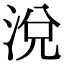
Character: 涗